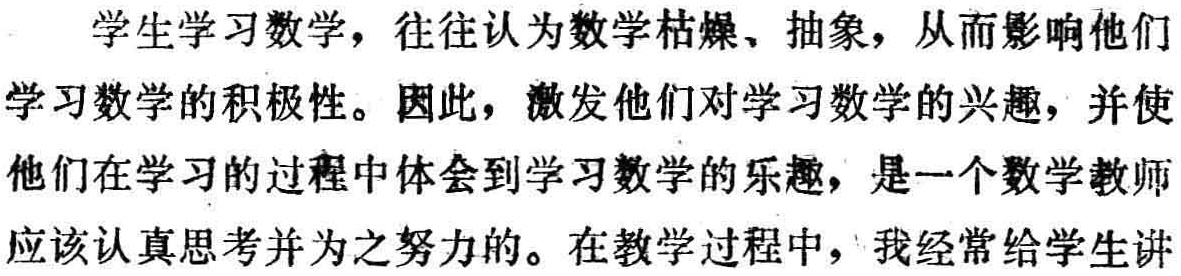
学生学习数学，往往认为数学枯燥、抽象，从而影响他们
学习数学的积极性。因此，激发他们对学习数学的兴趣，并使
他们在学习的过程中体会到学习数学的乐趣，是一个数学教师
应该认真思考并为之努力的。在教学过程中，我经常给学生讲